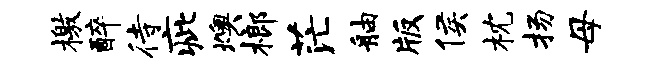
檄醉待疵燠榔茫舳版侯枕扬母